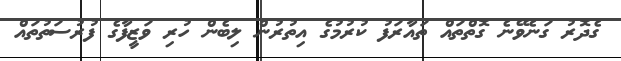
ގެދޮރު ގަނެވޭނެ ގޮތްތައް ތައާރަފު ކުރުމުގެ އިތުރުން ލިބެން ހުރި ވަޒީފާގެ ފުރުސަތުތައް